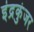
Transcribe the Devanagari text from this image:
इंद्रकुंजर